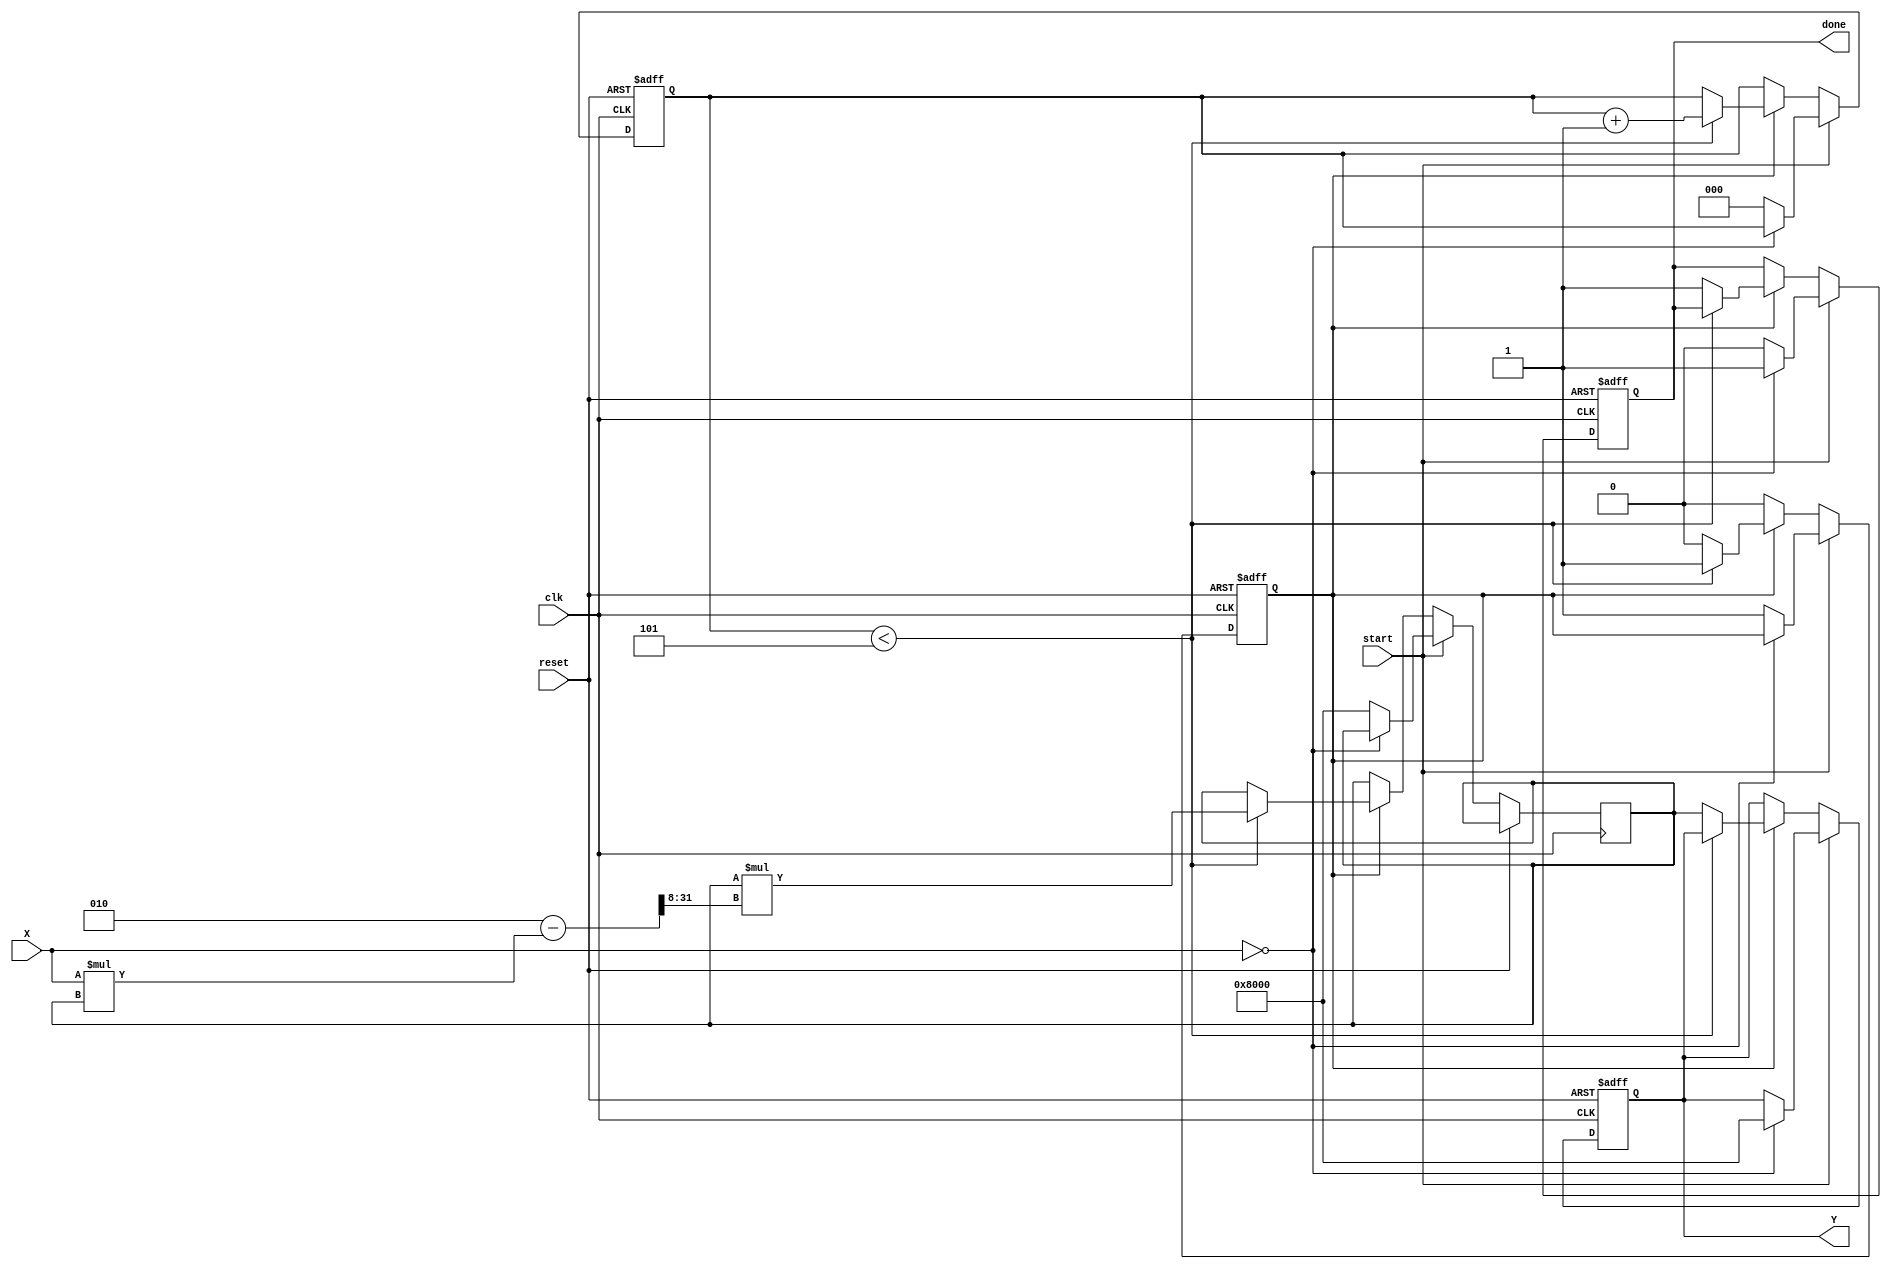
module fixed_point_reciprocal #(
    parameter M = 8, // Number of integer bits
    parameter N = 8  // Number of fractional bits
)(
    input  wire clk,
    input  wire reset,
    input  wire start,
    input  wire signed [M+N-1:0] X, // Input data in Qm.n format
    output reg signed [M+N-1:0] Y,   // Output data in Qm.n format
    output reg done                   // Signal indicating completion
);

    // Internal parameters
    localparam MAX_VALUE = {1'b1, {M+N-1{1'b0}}}; // Representing 1.0 in Qm.n
    localparam ZERO_VALUE = {M+N{1'b0}};           // Representing 0.0 in Qm.n
    localparam ITERATIONS = 5;                      // Number of iterations for Newton-Raphson

    // Internal variables
    reg signed [M+N-1:0] r; // Current estimate of reciprocal
    reg [2:0] iter;         // Iteration counter
    reg calculating;        // State for calculation

    // State machine and calculation process
    always @(posedge clk or posedge reset) begin
        if (reset) begin
            Y <= 0;
            done <= 0;
            calculating <= 0;
            iter <= 0;
        end else if (start) begin
            if (X == ZERO_VALUE) begin
                // Handle zero input case
                Y <= MAX_VALUE; // or some error code
                done <= 1;
            end else begin
                // Initialize for the Newton-Raphson method
                r <= MAX_VALUE; // Initial guess, 1.0 in Qm.n
                iter <= 0;
                calculating <= 1;
                done <= 0;
            end
        end else if (calculating) begin
            if (iter < ITERATIONS) begin
                // Newton-Raphson iteration: r = r * (2 - X * r)
                r <= r * (2 - (X * r) >>> N); // Right shift for scaling
                iter <= iter + 1;
            end else begin
                // Final result
                Y <= r;
                calculating <= 0;
                done <= 1;
            end
        end
    end

endmodule